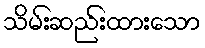
သိမ်းဆည်းထားသော